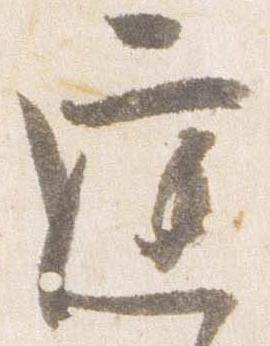
庭